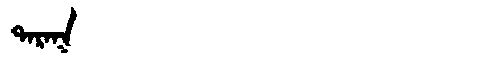
Manchu: ᡨᠠᡵᠠᡴ
Romanization: TARAK